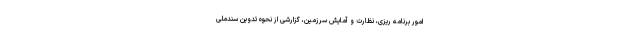
امور برنامه ریزی، نظارت و آمایش سرزمین، گزارشی از نحوه تدوین سندملی